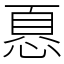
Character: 𢝊